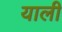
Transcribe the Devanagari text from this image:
याली